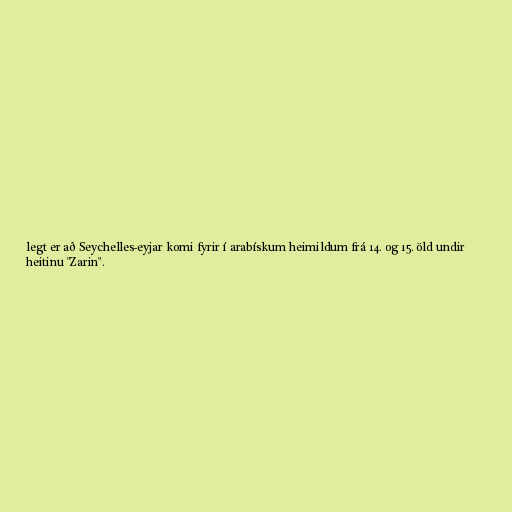
legt er að Seychelles-eyjar komi fyrir í arabískum heimildum frá 14. og 15. öld undir
heitinu "Zarin".